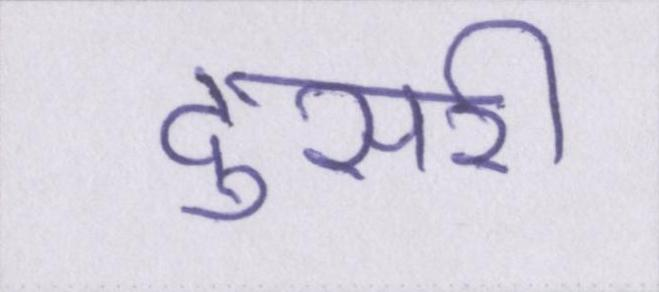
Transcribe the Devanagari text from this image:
दुसरी